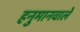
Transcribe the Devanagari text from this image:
हनुमानवाले